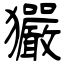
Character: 孍